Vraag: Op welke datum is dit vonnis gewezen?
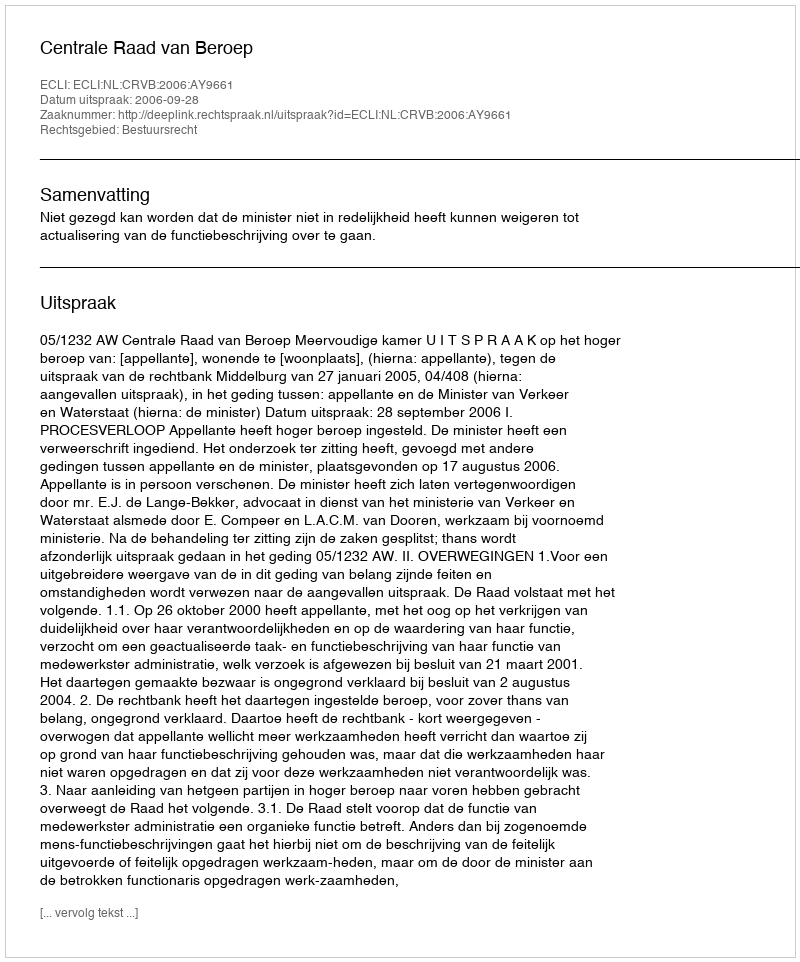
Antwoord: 2006-09-28